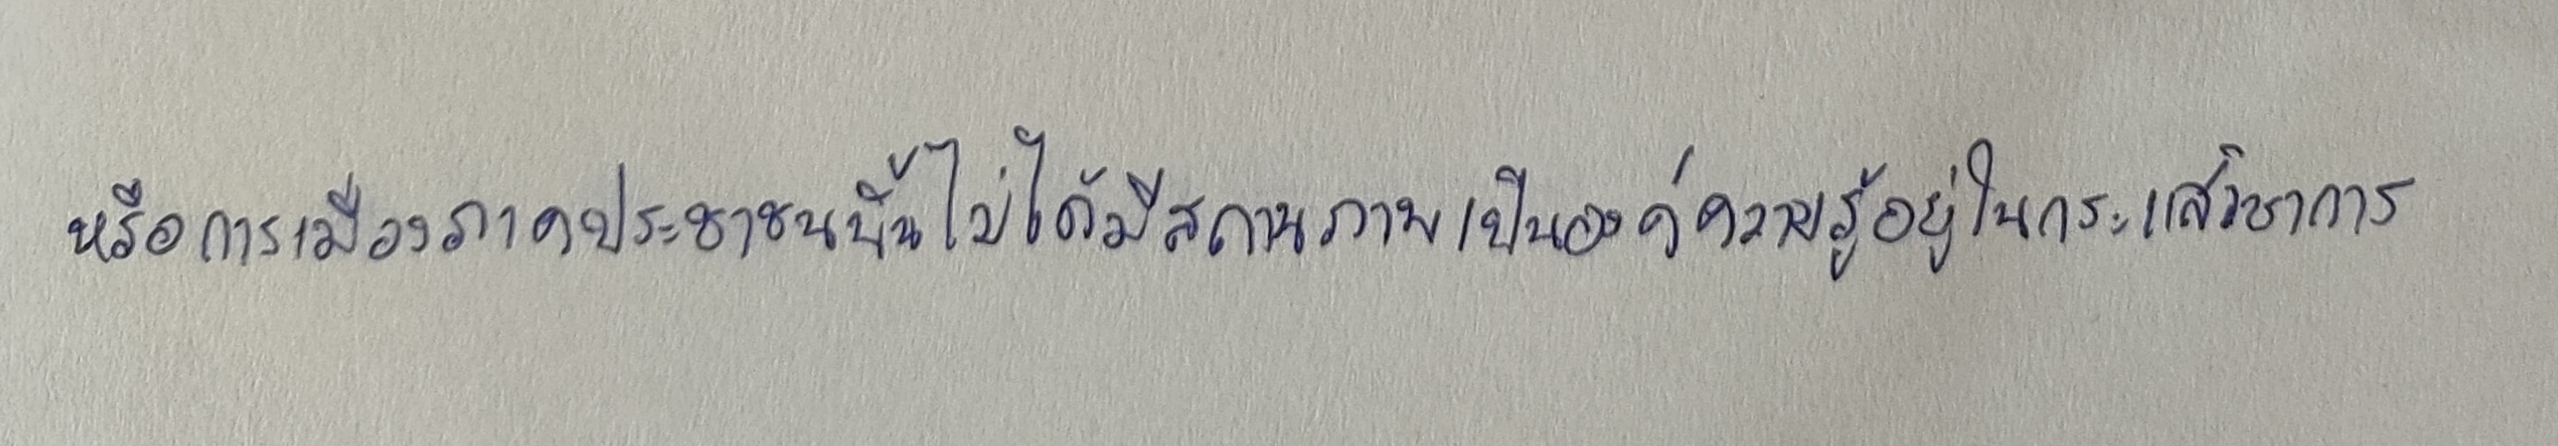
หรือการเมืองภาคประชาชนนั้นไม่ได้มีสถานภาพเป็นองค์ความรู้อยู่ในกระแสวิชาการ